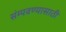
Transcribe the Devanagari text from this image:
संम्पवण्यासाठी